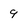
Character: 9